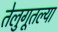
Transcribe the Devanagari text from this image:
तेलुगूतल्या